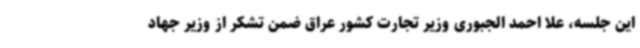
این جلسه، علا احمد الجبوری وزیر تجارت کشور عراق ضمن تشکر از وزیر جهاد